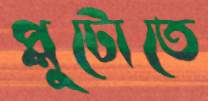
প্লুটোতে